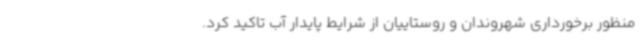
منظور برخورداری شهروندان و روستاییان از شرایط پایدار آب تاکید کرد.